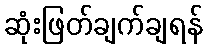
ဆုံးဖြတ်ချက်ချရန်